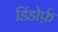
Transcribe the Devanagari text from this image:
डिंडोर्फ़